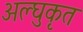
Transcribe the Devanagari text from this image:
अल्घुकृत